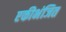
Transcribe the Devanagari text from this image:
एकीभंजित